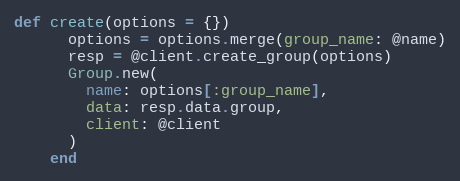
Language: Ruby
def create(options = {})
      options = options.merge(group_name: @name)
      resp = @client.create_group(options)
      Group.new(
        name: options[:group_name],
        data: resp.data.group,
        client: @client
      )
    end